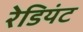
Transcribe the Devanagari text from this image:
रेडियंट